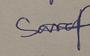
Signature authenticity: genuine